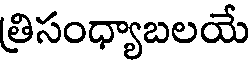
త్రిసంధ్యాబలయే